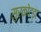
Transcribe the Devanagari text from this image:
सुरकोटड़ा